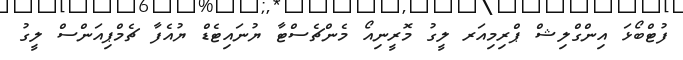
ފުޓްބޯޅަ އިންގްލިޝް ޕްރިމިއަރ ލީގު މޮރީނިއޯ މެންޗެސްޓާ ޔުނައިޓެޑް ޔުއެފާ ޗެމްޕިއަންސް ލީގު